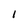
Character: 1